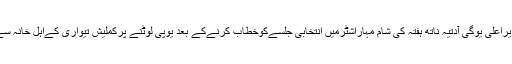
بتایا جارہا ہےکہ وزیراعلیٰ یوگی آدتیہ ناتھ ہفتہ کی شام مہاراشٹرمیں انتخابی جلسےکوخطاب کرنےکے بعد یوپی لوٹنے پرکملیش تیواری کےاہل خانہ سے ملاقات کریں گے۔